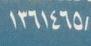
١ ٣ ٦ ١ ٤ ٦ ٥